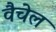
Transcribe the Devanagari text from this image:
वैचेल